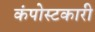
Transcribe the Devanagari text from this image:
कंपोस्टकारी